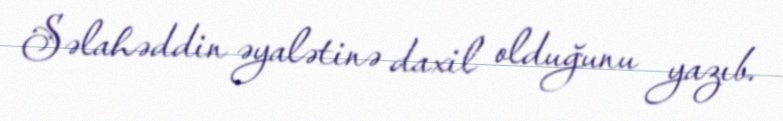
Səlahəddin əyalətinə daxil olduğunu yazıb.